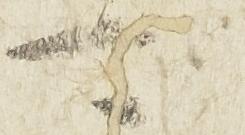
可